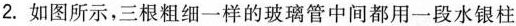
2.如图所示，三根粗细一样的玻璃管中间都用一段水银柱